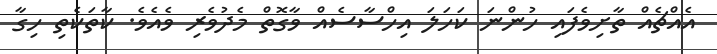
އެއްޗެއް ތާށިވެފައި ހުންނަ ކަހަލަ އިހްސާސެއް ވާގޮތް މެދުވެރި ވެއެވެ. ކާތަކެތި ހިގާ